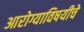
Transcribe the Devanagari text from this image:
आरोग्याविषयीचे